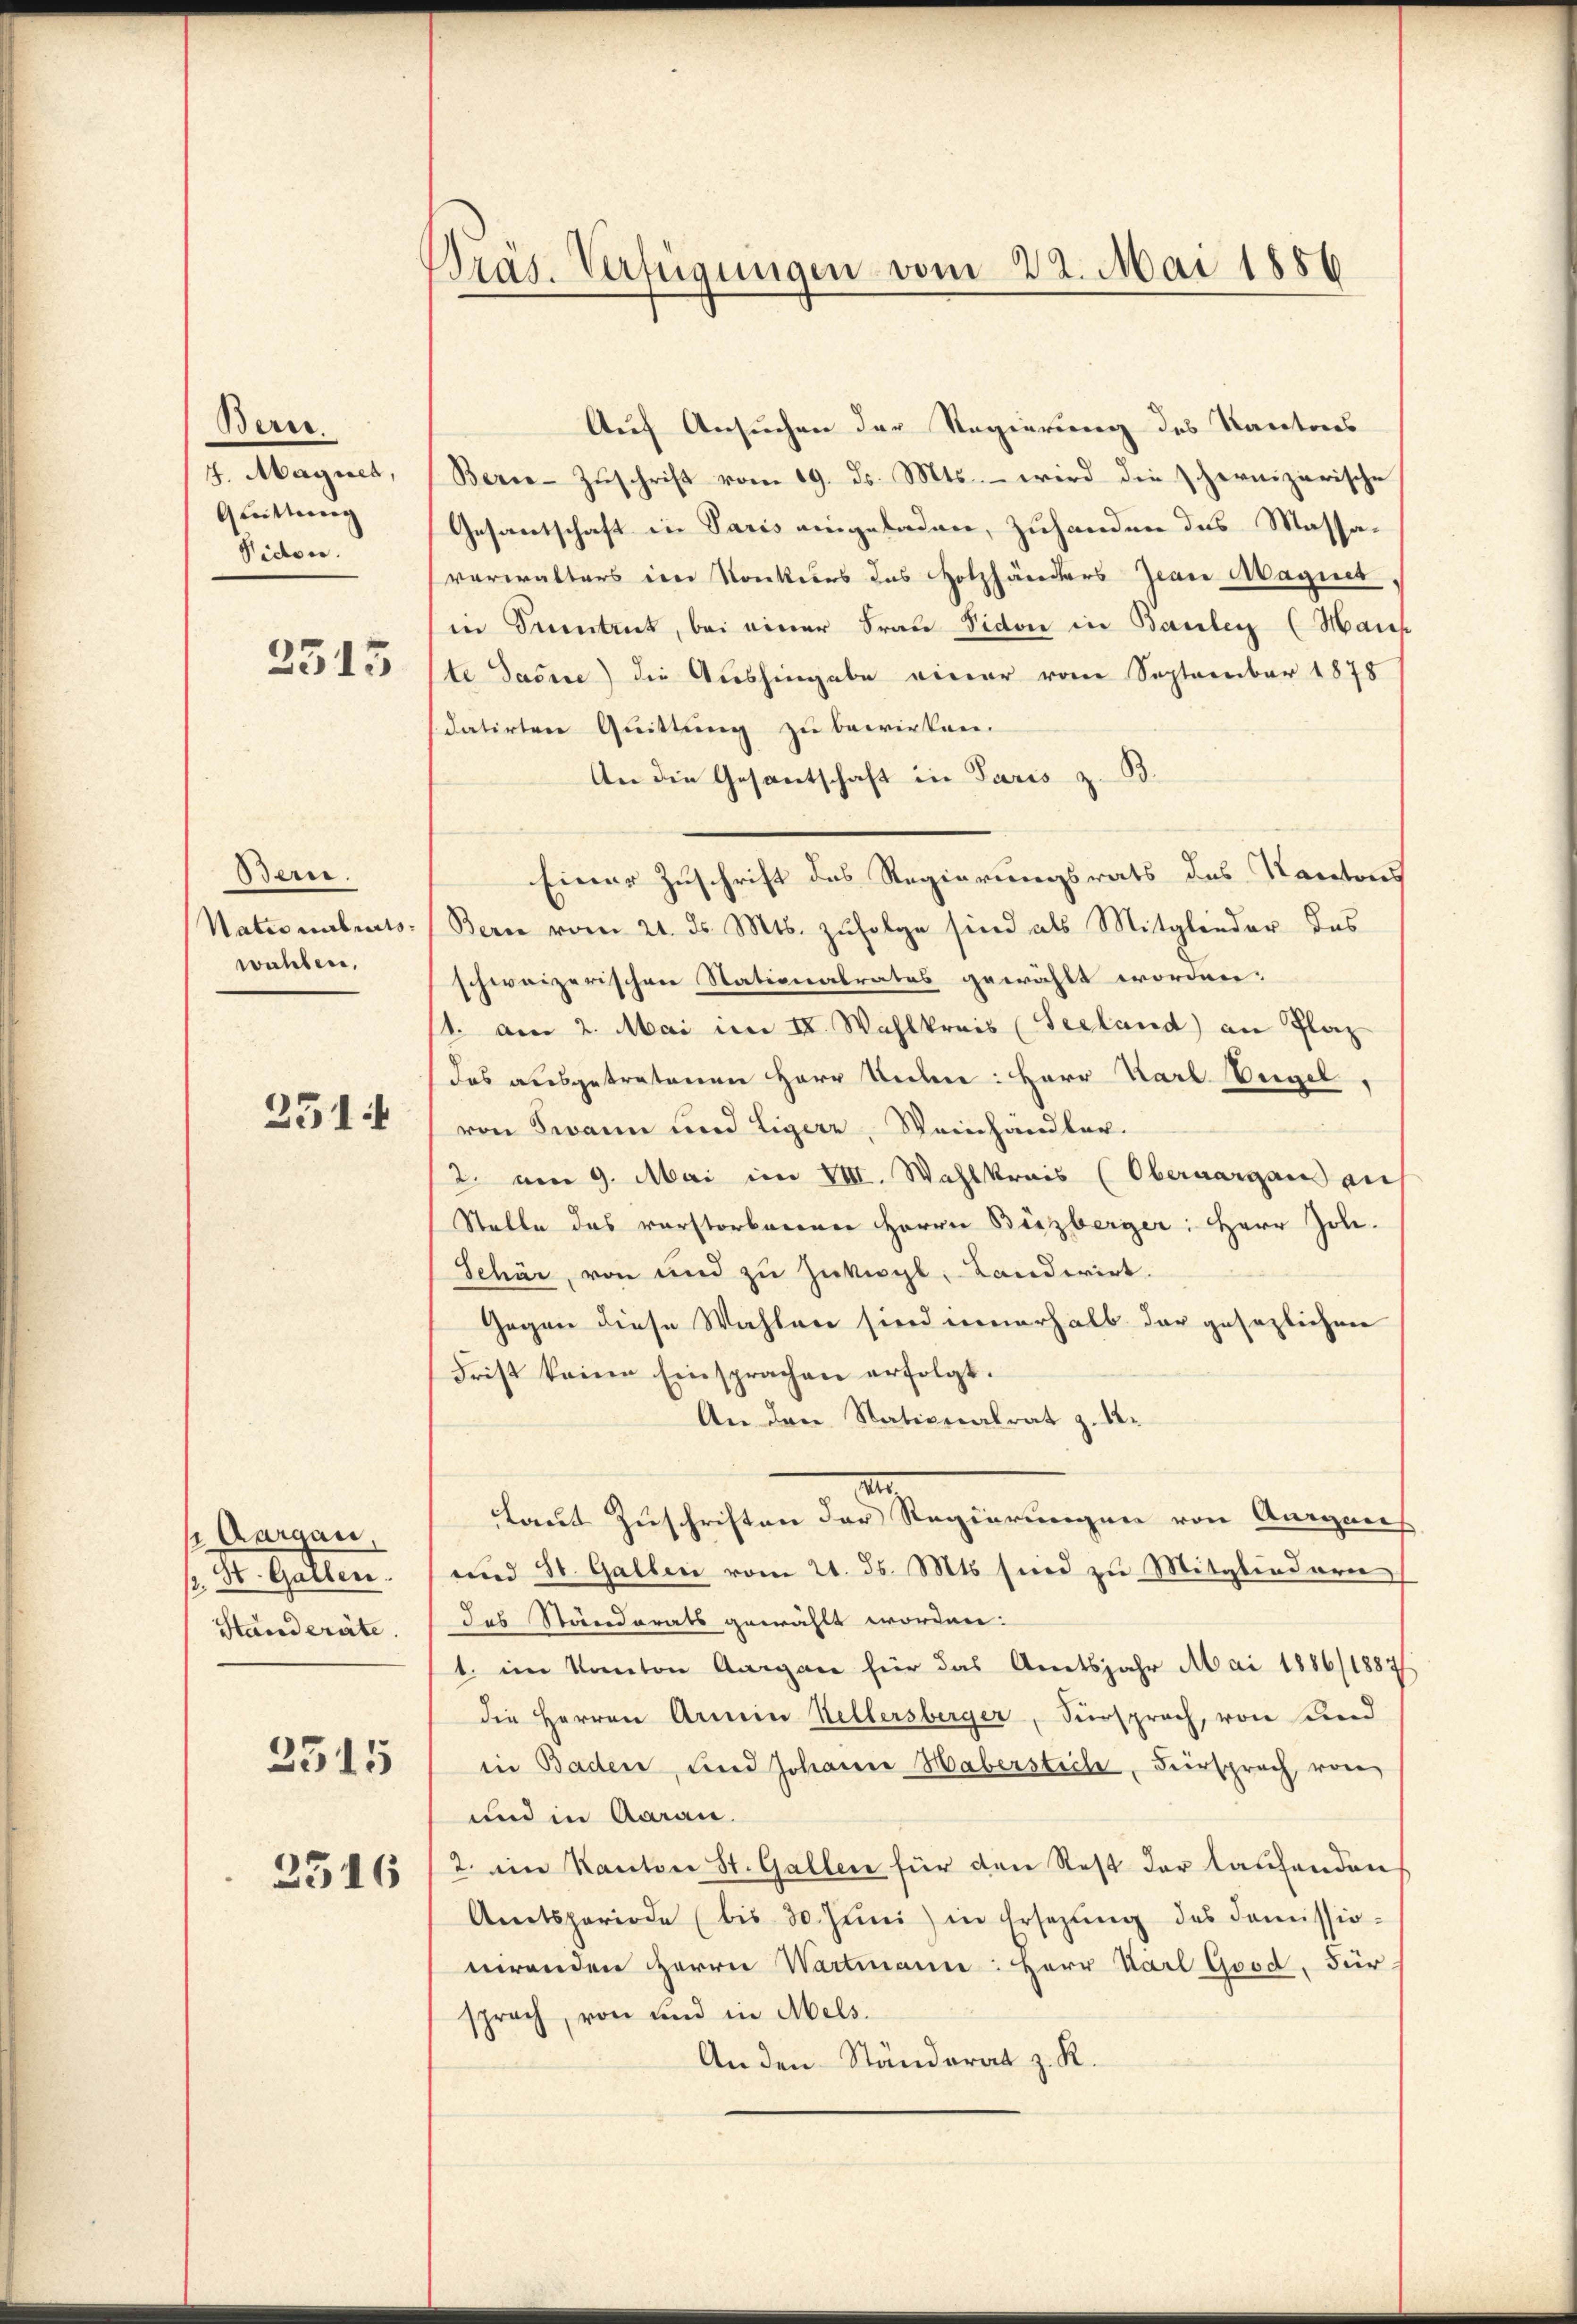
Berei.
4. Maynch,
Quittung
Piden.
2315

Bern.
Nationabreitswahlen,

251

Aargau,
St. Gallen.
Standeräte.
2515

2516

Dras. Verfügungen vom 22. Mai 1886

Auf Ansuchen der Regierung des Kantons
Berne-Zuschrift vom 19. d. Mts. – wird die schernizerische
Gesantschaft in Paris eingeladen, zuhanden des Massa-
verwalters in Konkurs das Holzhänders Jean Magnet
in Trientrut, bei einer Frau Sidone in Baulen (Maich
ste dasse) die Aushingabe einer vom September 1875
datirten Quittung zu bewirken.
An die Gesantschaft in Paris z. B.
Einer Zuschrift des Regierungsrats des Kantons
Bern vom 21. ds. Mts. zŭfolge sind als Mitglieder das
schweizerischen Stationalrates gewählt worden.
1. am 2. Mai im II. Wahlkreis (Seeland) an Plaz
das ausgetretenen Herr Unter: Herr Karl Engel,
von Swann und Liger, Weinhändler.
2. am 9. Mai im VIII. Wahlkreis (Obernorgans an
Stelle das verstorberner Herrn Berzberger: Herr Joh.
Schär, von und zu Zukwyl, Candwirt.
Gegen diese Wahlen sind innerhalb der gesezlichen
Frist keine Einsprachen erfolgt.
An den Nationalrat z. B.
r
Laut Zuschriften der Regierungen von Augens
und St. Gallen vom 21. ds. Mts sind zu Mitgliedern
das Ständerats gewählt worden:
1. im Kanton Aargare für das Amtsjahr Mai 1886/1887
die Herren Armin Kellersberger, Fürsprach, von und
in Baden, und Johann Haberstiche, Fürsprach, von
und in Aarau
2. im Kanton St. Gallen für den Rest der laufenden
Amtsperiode (bis 30. Jŭni) in Ersezung des Coṁissio
nirenden Herrn Wartmann: Herr Karl Good, Für
sprach, von und in Mels.
An den Ständerat z. R.